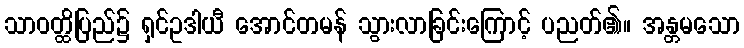
သာဝတ္ထိပြည်၌ ရှင်ဥဒါယီ အောင်တမန် သွားလာခြင်းကြောင့် ပညတ်၏။ အန္တမသော